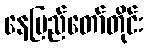
နေပြည်တော်တိုင်း